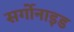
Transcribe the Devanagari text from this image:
सर्गोनाइड